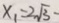
x _ { 1 } = 2 \sqrt { 3 } -